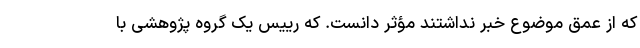
که از عمق موضوع خبر نداشتند مؤثر دانست. که رییس یک گروه پژوهشی با